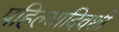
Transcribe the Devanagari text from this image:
पहिल्यादिवशी